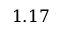
1 . 1 7